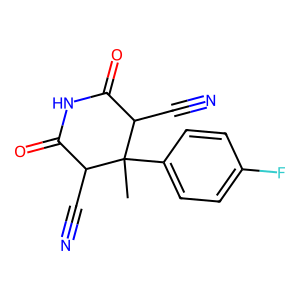
SMILES: CC1(c2ccc(F)cc2)C(C#N)C(=O)NC(=O)C1C#N
Inhibits HIV replication: No